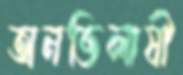
অনভিলাষী